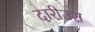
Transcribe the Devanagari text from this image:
दारीउश